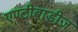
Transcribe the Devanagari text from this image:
एण्टीबाडीज